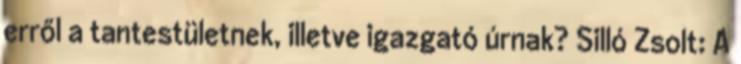
erről a tantestületnek, illetve igazgató úrnak? Silló Zsolt: A